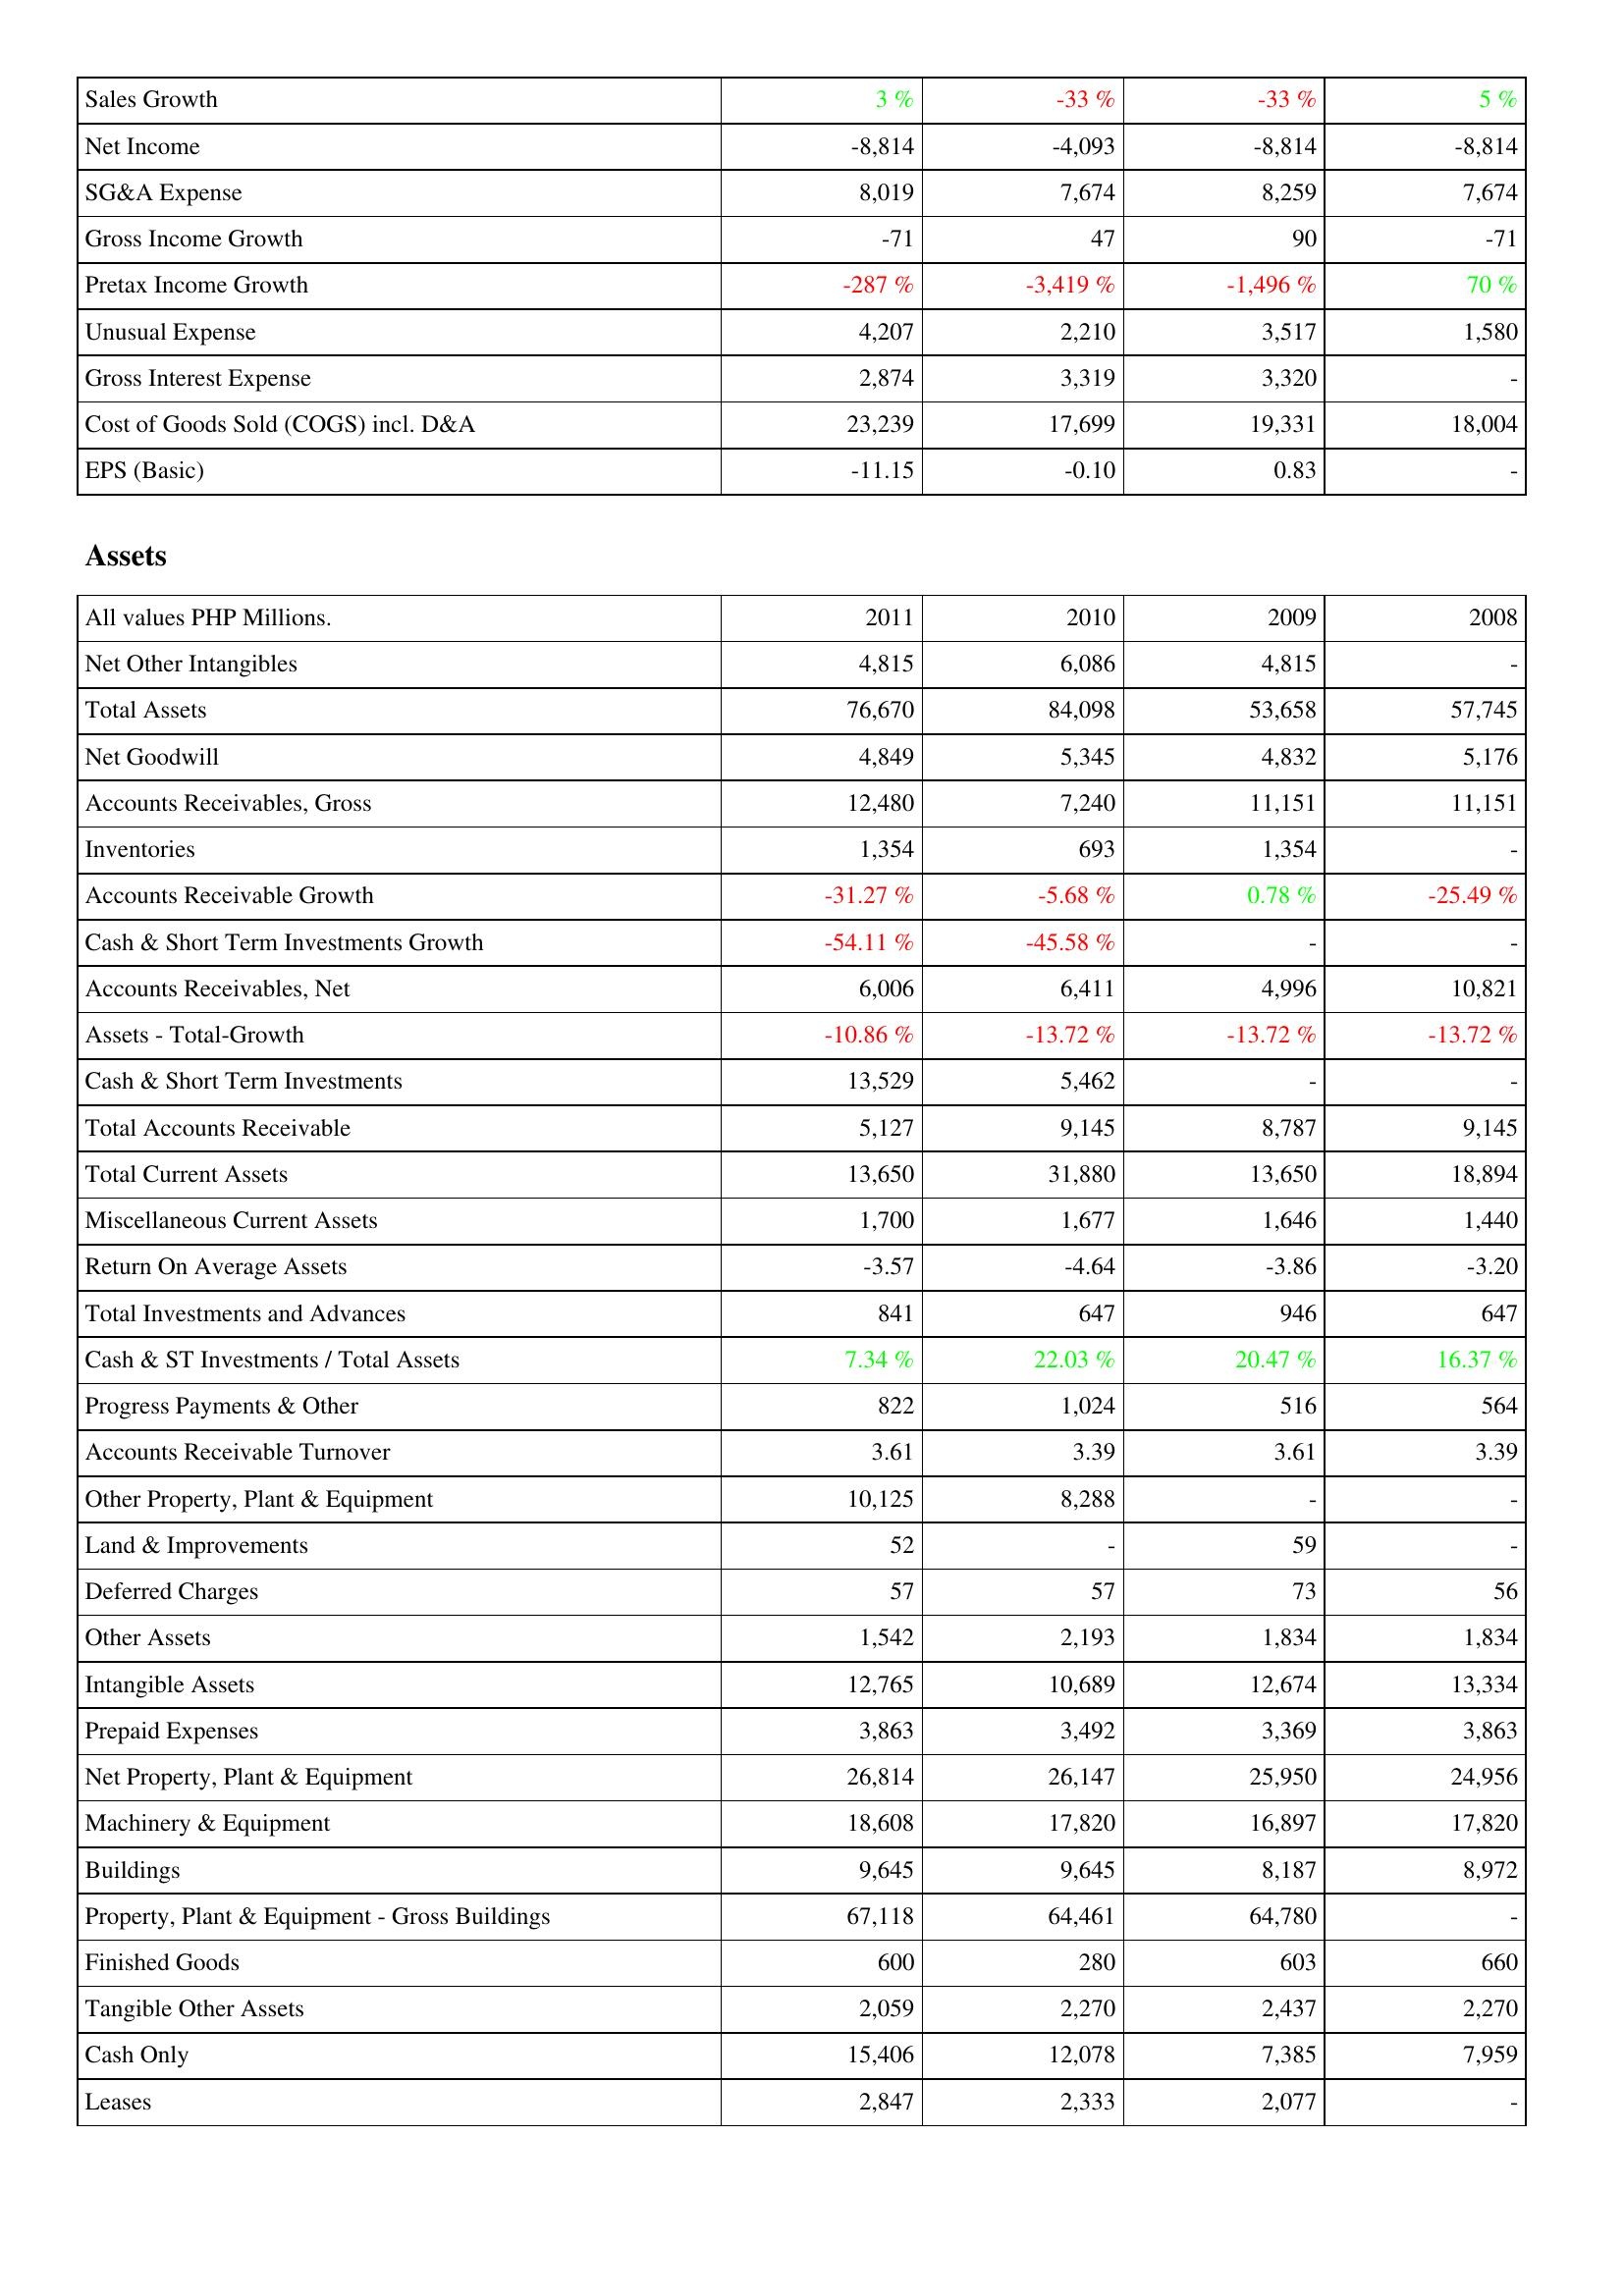
2011: Income Statement: Sales Growth: 3 %
Net Income: -8,814
SG&A Expense: 8,019
Gross Income Growth: -71
Pretax Income Growth: -287 %
Unusual Expense: 4,207
Gross Interest Expense: 2,874
Cost of Goods Sold (COGS) incl. D&A: 23,239
EPS (Basic): -11.15
Assets: Net Other Intangibles: 4,815
Total Assets: 76,670
Net Goodwill: 4,849
Accounts Receivables, Gross: 12,480
Inventories: 1,354
Accounts Receivable Growth: -31.27 %
Cash & Short Term Investments Growth: -54.11 %
Accounts Receivables, Net: 6,006
Assets - Total-Growth: -10.86 %
Cash & Short Term Investments: 13,529
Total Accounts Receivable: 5,127
Total Current Assets: 13,650
Miscellaneous Current Assets: 1,700
Return On Average Assets: -3.57
Total Investments and Advances: 841
Cash & ST Investments / Total Assets: 7.34 %
Progress Payments & Other: 822
Accounts Receivable Turnover: 3.61
Other Property, Plant & Equipment: 10,125
Land & Improvements: 52
Deferred Charges: 57
Other Assets: 1,542
Intangible Assets: 12,765
Prepaid Expenses: 3,863
Net Property, Plant & Equipment: 26,814
Machinery & Equipment: 18,608
Buildings: 9,645
Property, Plant & Equipment - Gross Buildings: 67,118
Finished Goods: 600
Tangible Other Assets: 2,059
Cash Only: 15,406
Leases: 2,847
2010: Income Statement: Sales Growth: -33 %
Net Income: -4,093
SG&A Expense: 7,674
Gross Income Growth: 47
Pretax Income Growth: -3,419 %
Unusual Expense: 2,210
Gross Interest Expense: 3,319
Cost of Goods Sold (COGS) incl. D&A: 17,699
EPS (Basic): -0.10
Assets: Net Other Intangibles: 6,086
Total Assets: 84,098
Net Goodwill: 5,345
Accounts Receivables, Gross: 7,240
Inventories: 693
Accounts Receivable Growth: -5.68 %
Cash & Short Term Investments Growth: -45.58 %
Accounts Receivables, Net: 6,411
Assets - Total-Growth: -13.72 %
Cash & Short Term Investments: 5,462
Total Accounts Receivable: 9,145
Total Current Assets: 31,880
Miscellaneous Current Assets: 1,677
Return On Average Assets: -4.64
Total Investments and Advances: 647
Cash & ST Investments / Total Assets: 22.03 %
Progress Payments & Other: 1,024
Accounts Receivable Turnover: 3.39
Other Property, Plant & Equipment: 8,288
Land & Improvements: -
Deferred Charges: 57
Other Assets: 2,193
Intangible Assets: 10,689
Prepaid Expenses: 3,492
Net Property, Plant & Equipment: 26,147
Machinery & Equipment: 17,820
Buildings: 9,645
Property, Plant & Equipment - Gross Buildings: 64,461
Finished Goods: 280
Tangible Other Assets: 2,270
Cash Only: 12,078
Leases: 2,333
2009: Income Statement: Sales Growth: -33 %
Net Income: -8,814
SG&A Expense: 8,259
Gross Income Growth: 90
Pretax Income Growth: -1,496 %
Unusual Expense: 3,517
Gross Interest Expense: 3,320
Cost of Goods Sold (COGS) incl. D&A: 19,331
EPS (Basic): 0.83
Assets: Net Other Intangibles: 4,815
Total Assets: 53,658
Net Goodwill: 4,832
Accounts Receivables, Gross: 11,151
Inventories: 1,354
Accounts Receivable Growth: 0.78 %
Cash & Short Term Investments Growth: -
Accounts Receivables, Net: 4,996
Assets - Total-Growth: -13.72 %
Cash & Short Term Investments: -
Total Accounts Receivable: 8,787
Total Current Assets: 13,650
Miscellaneous Current Assets: 1,646
Return On Average Assets: -3.86
Total Investments and Advances: 946
Cash & ST Investments / Total Assets: 20.47 %
Progress Payments & Other: 516
Accounts Receivable Turnover: 3.61
Other Property, Plant & Equipment: -
Land & Improvements: 59
Deferred Charges: 73
Other Assets: 1,834
Intangible Assets: 12,674
Prepaid Expenses: 3,369
Net Property, Plant & Equipment: 25,950
Machinery & Equipment: 16,897
Buildings: 8,187
Property, Plant & Equipment - Gross Buildings: 64,780
Finished Goods: 603
Tangible Other Assets: 2,437
Cash Only: 7,385
Leases: 2,077
2008: Income Statement: Sales Growth: 5 %
Net Income: -8,814
SG&A Expense: 7,674
Gross Income Growth: -71
Pretax Income Growth: 70 %
Unusual Expense: 1,580
Gross Interest Expense: -
Cost of Goods Sold (COGS) incl. D&A: 18,004
EPS (Basic): -
Assets: Net Other Intangibles: -
Total Assets: 57,745
Net Goodwill: 5,176
Accounts Receivables, Gross: 11,151
Inventories: -
Accounts Receivable Growth: -25.49 %
Cash & Short Term Investments Growth: -
Accounts Receivables, Net: 10,821
Assets - Total-Growth: -13.72 %
Cash & Short Term Investments: -
Total Accounts Receivable: 9,145
Total Current Assets: 18,894
Miscellaneous Current Assets: 1,440
Return On Average Assets: -3.20
Total Investments and Advances: 647
Cash & ST Investments / Total Assets: 16.37 %
Progress Payments & Other: 564
Accounts Receivable Turnover: 3.39
Other Property, Plant & Equipment: -
Land & Improvements: -
Deferred Charges: 56
Other Assets: 1,834
Intangible Assets: 13,334
Prepaid Expenses: 3,863
Net Property, Plant & Equipment: 24,956
Machinery & Equipment: 17,820
Buildings: 8,972
Property, Plant & Equipment - Gross Buildings: -
Finished Goods: 660
Tangible Other Assets: 2,270
Cash Only: 7,959
Leases: -